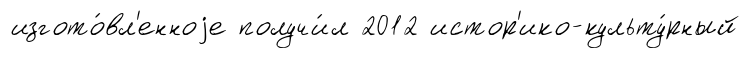
изгото́вл'енноjе получи́л 2012 истор'ико-культу́рный